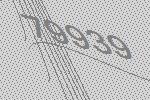
79939